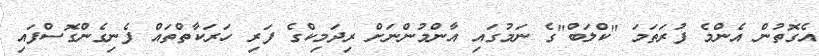
އެގޮތުން އެންމެ ފުރަތަމަ "ކްލަބް"ގެ ނަމުގައި އާންމުންނަށް ރިދަމިކްގެ ފަރި ހަރަކާތްތައް ފެނިގެންގޮސްފައި